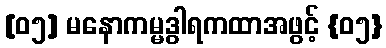
[၀၅] မနောကမ္မဒွါရကထာအဖွင့် {၀၅}